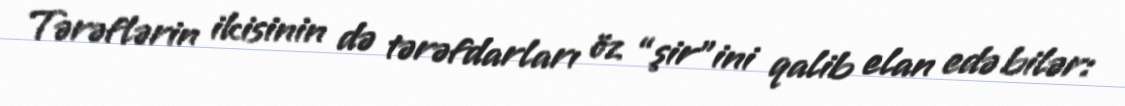
Tərəflərin ikisinin də tərəfdarları öz “şir”ini qalib elan edə bilər: